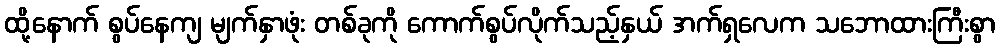
ထို့နောက် စွပ်နေကျ မျက်နှာဖုံး တစ်ခုကို ကောက်စွပ်လိုက်သည့်နှယ် အက်ရှလေက သဘောထားကြီးစွာ